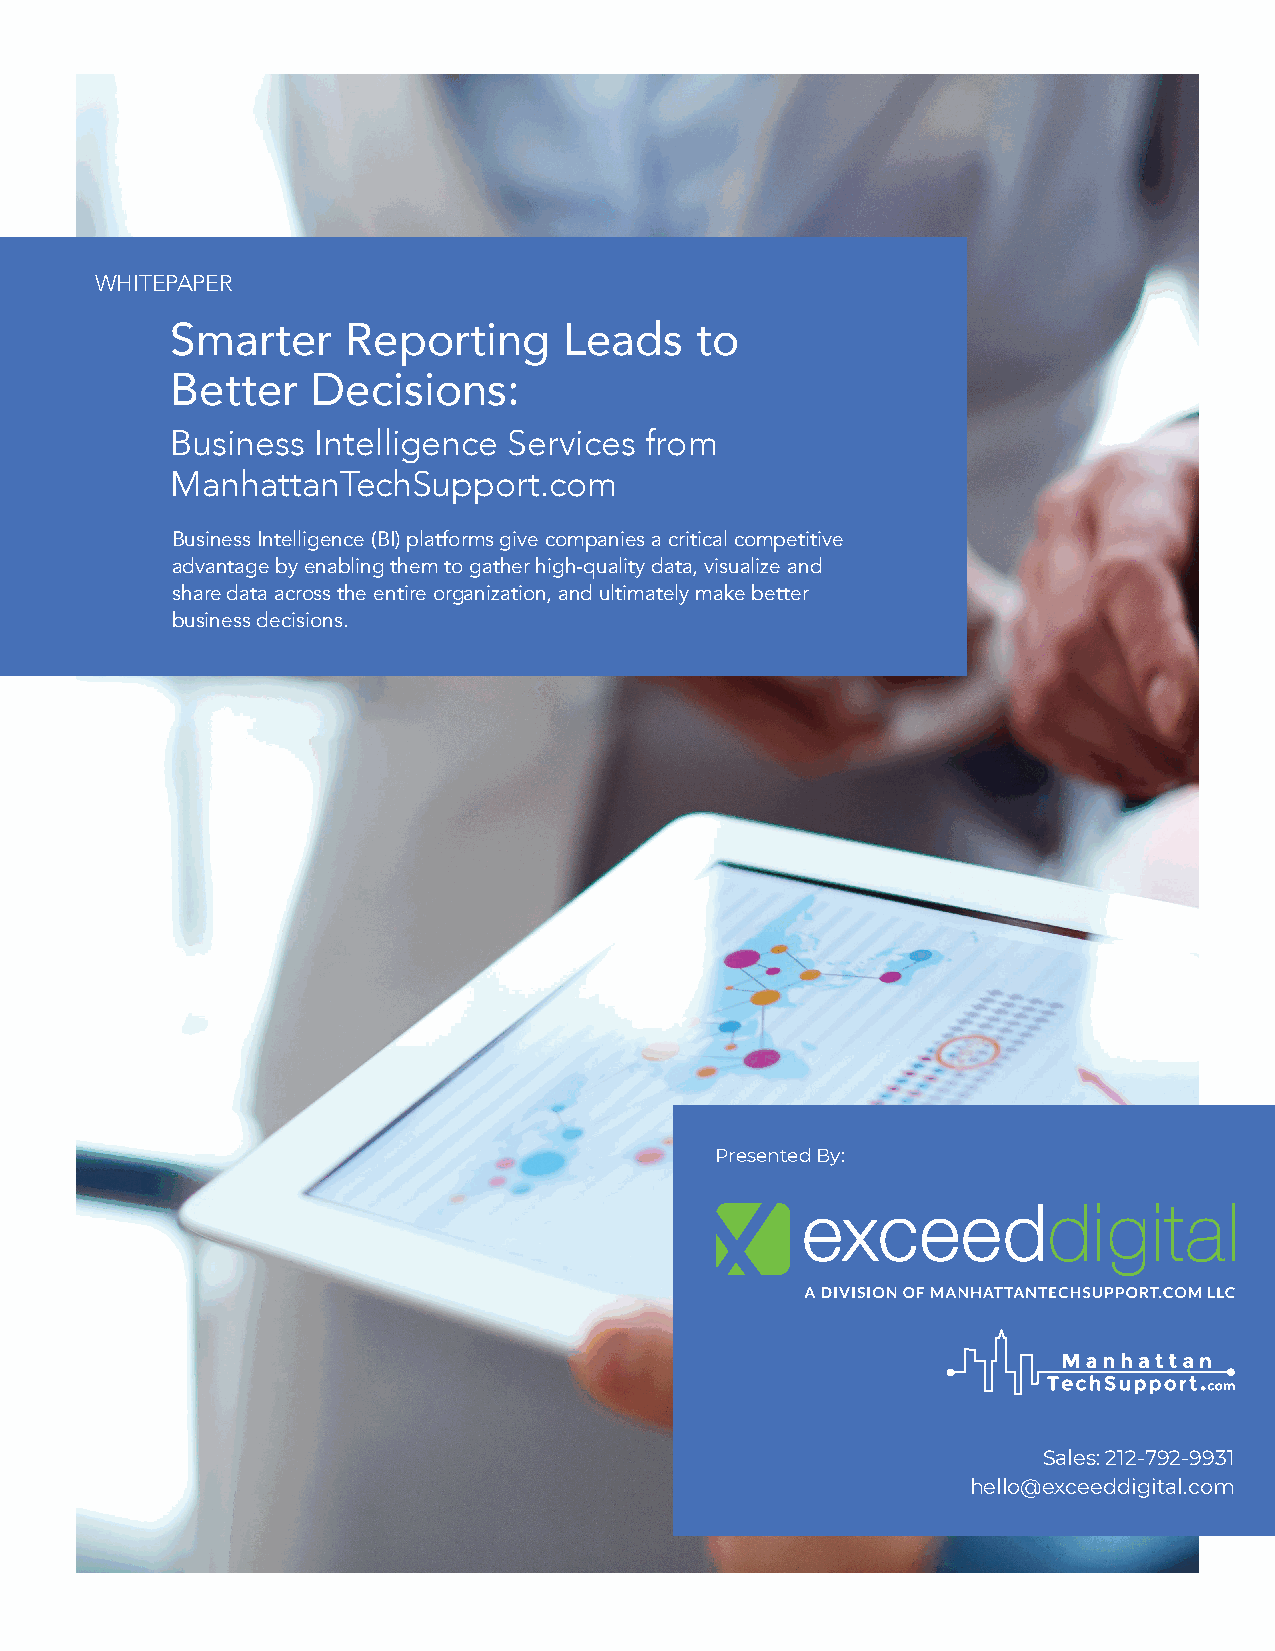
WHITEPAPER
 Smarter     Reporting     Leads    to
 Better    Decisions:
 Business  Intelligence Services from
 ManhattanTechSupport.com
 Business Intelligence (BI) platforms give companies a critical competitive
 advantage by enabling them to gather high-quality data, visualize and
 share data across the entire organization, and ultimately make better
 business decisions.
 Presented By:
 Sales: 212-792-9931
 hello@exceeddigital.com